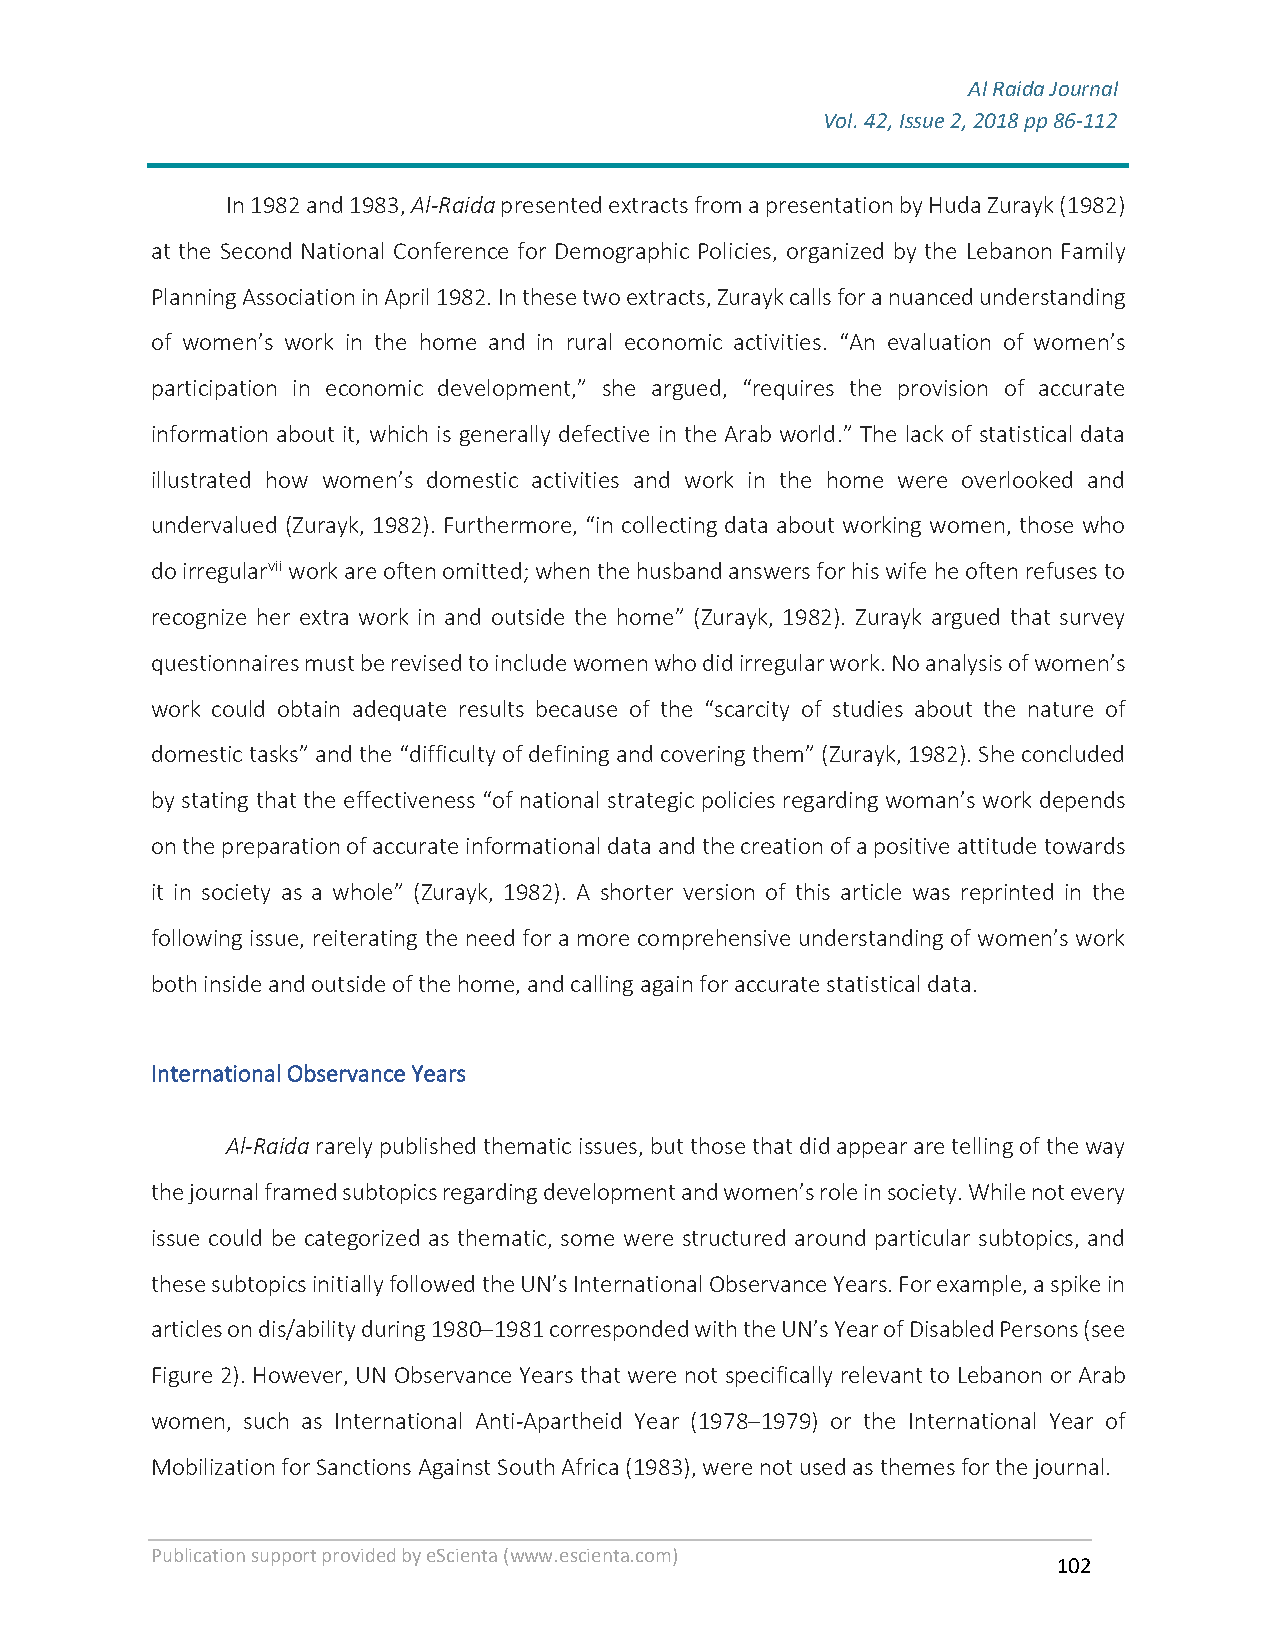
Al Raida Journal
 Vol. 42, Issue 2, 2018 pp 86-112
 F
 In 1982 and 1983, Al-Raida presented extracts from a presentation by Huda Zurayk (1982)
 at the Second National Conference for Demographic Policies, organized by the Lebanon Family
 Planning Association in April 1982. In these two extracts, Zurayk calls for a nuanced understanding
 of women’s work in the home and in rural economic activities. “An evaluation of women’s
 participation in economic development,” she argued, “requires the provision of accurate
 information about it, which is generally defective in the Arab world.” The lack of statistical data
 illustrated how women’s domestic activities and work in the home were overlooked and
 undervalued (Zurayk, 1982). Furthermore, “in collecting data about working women, those who
 do irregularvii work are often omitted; when the husband answers for his wife he often refuses to
 recognize her extra work in and outside the home” (Zurayk, 1982). Zurayk argued that survey
 questionnaires must be revised to include women who did irregular work. No analysis of women’s
 work could obtain adequate results because of the “scarcity of studies about the nature of
 domestic tasks” and the “difficulty of defining and covering them” (Zurayk, 1982). She concluded
 by stating that the effectiveness “of national strategic policies regarding woman’s work depends
 on the preparation of accurate informational data and the creation of a positive attitude towards
 it in society as a whole” (Zurayk, 1982). A shorter version of this article was reprinted in the
 following issue, reiterating the need for a more comprehensive understanding of women’s work
 both inside and outside of the home, and calling again for accurate statistical data.
 International Observance Years
 Al-Raida rarely published thematic issues, but those that did appear are telling of the way
 the journal framed subtopics regarding development and women’s role in society. While not every
 issue could be categorized as thematic, some were structured around particular subtopics, and
 these subtopics initially followed the UN’s International Observance Years. For example, a spike in
 articles on dis/ability during 1980–1981 corresponded with the UN’s Year of Disabled Persons (see
 Figure 2). However, UN Observance Years that were not specifically relevant to Lebanon or Arab
 women, such as International Anti-Apartheid Year (1978–1979) or the International Year of
 Mobilization for Sanctions Against South Africa (1983), were not used as themes for the journal.
 Publication support provided by eScienta (www.escienta.com)
 102